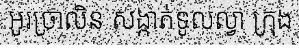
អូរច្រាលិន សង្កាត់ទូលល្វា ក្រុង